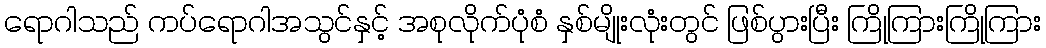
ရောဂါသည် ကပ်ရောဂါအသွင်နှင့် အစုလိုက်ပုံစံ နှစ်မျိုးလုံးတွင် ဖြစ်ပွားပြီး ကြိုကြားကြိုကြား